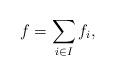
LaTeX: \begin{align*} f=\sum_{i\in I}f_i, \end{align*}